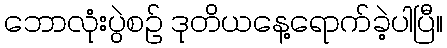
ဘောလုံးပွဲစဉ် ဒုတိယနေ့ရောက်ခဲ့ပါပြီ။